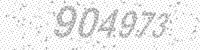
Solution: 904973